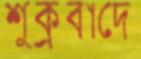
শুক্রবাদে